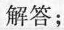
解答；